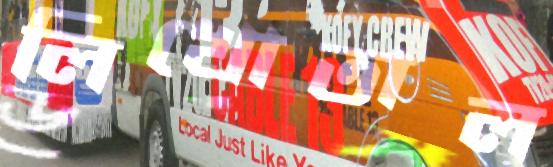
লিখোতাল